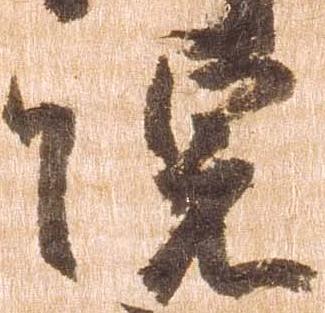
院